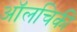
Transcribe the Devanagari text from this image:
ऑलचिकी